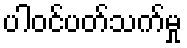
ပါဝင်ပတ်သက်မှု